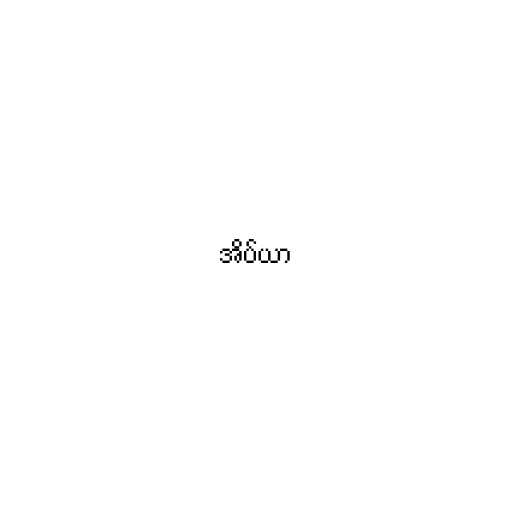
အိပ်ယာ